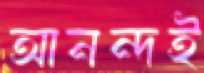
আনন্দই